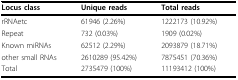
| Locus class | Unique reads | Total reads |
 | --- | --- | --- |
 | rRNAetc | 61946 (2.26%) | 1222173 (10.92%) |
 | Repeat | 732 (0.03%) | 1909 (0.02%) |
 | Known miRNAs | 62512 (2.29%) | 2093879 (18.71%) |
 | other small RNAs | 2610289 (95.42%) | 7875451 (70.36%) |
 | Total | 2735479 (100%) | 11193412 (100%) |